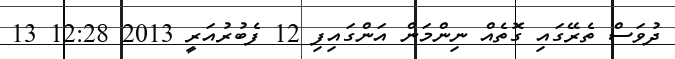
ދުވަސް ތެރޭގައި ގޮތެއް ނިންމަން އަންގައިފި 12 ފެބުރުއަރީ 2013 12:28 13